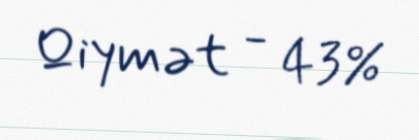
Qiymət - 43%